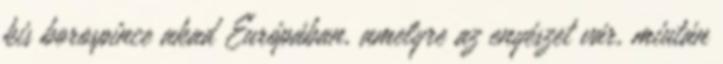
kis borospince akad Európában, amelyre az enyészet vár, miután